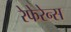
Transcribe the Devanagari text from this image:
रेफेरेन्स